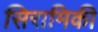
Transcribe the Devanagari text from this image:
सिरामिकी